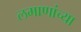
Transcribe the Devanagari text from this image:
लमाणांच्या